Indian journal of veterinary science and animal husbandry - Volume 1,
Year: 1931
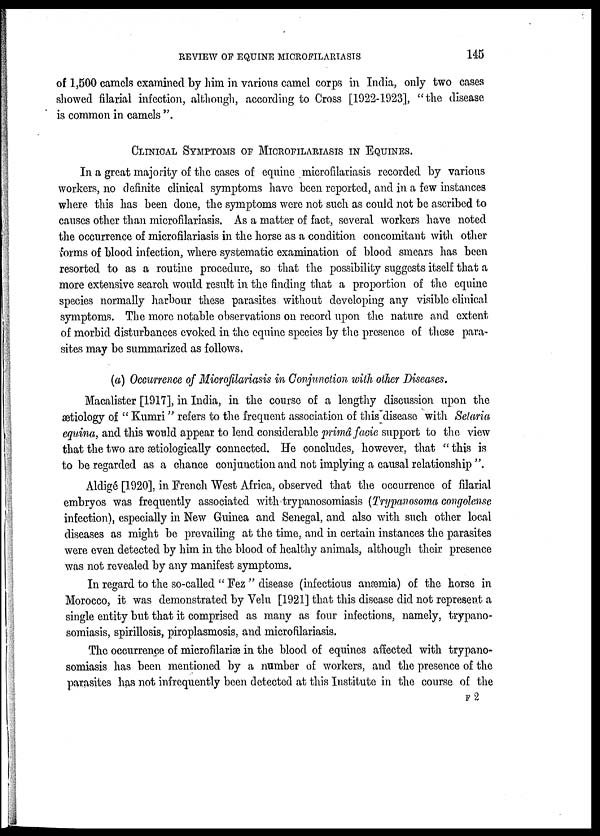
REVIEW OF EQUINE MICROFILARIASIS
145
of 1,500 camels examined by him in various camel corps in India, only two cases
showed filarial infection, although, according to Cross [1922-1923], "the disease
is common in camels ".
CLINICAL SYMPTOMS OF MICROFILARIASIS IN EQUINES.
In a great majority of the cases of equine microfilariasis recorded by various
workers, no definite clinical symptoms have been reported, and in a few instances
where this has been done, the symptoms were not such as could not be ascribed to
causes other than microfilariasis. As a matter of fact, several workers have noted
the occurrence of microfilariasis in the horse as a condition concomitant with other
forms of blood infection, where systematic examination of blood smears has been
resorted to as a routine procedure, so that the possibility suggests itself that a
more extensive search would result in the finding that a proportion of the equine
species normally harbour these parasites without developing any visible clinical
symptoms. The more notable observations on record upon the nature and extent
of morbid disturbances evoked in the equine species by the presence of these para-
sites may be summarized as follows.
(a) Occurrence of Microfilariasis in Conjunction with other Diseases.
Macalister [1917], in India, in the course of a lengthy discussion upon the
ætiology of " Kumri" refers to the frequent association of this disease with Selaria
equina, and this would appear to lend considerable primâ facie support to the view
that the two are ætiologically connected. He concludes, however, that "this is
to be regarded as a chance conjunction and not implying a causal relationship".
Aldigé [1920], in French West Africa, observed that the occurrence of filarial
embryos was frequently associated with trypanosomiasis (Trypanosoma congolense
infection), especially in New Guinea and Senegal, and also with such other local
diseases as might be prevailing at the time, and in certain instances the parasites
were even detected by him in the blood of healthy animals, although their presence
was not revealed by any manifest symptoms.
In regard to the so-called "Fez" disease (infectious anæmia) of the horse in
Morocco, it was demonstrated by Velu [1921] that this disease did not represent a
single entity but that it comprised as many as four infections, namely, trypano-
somiasis, spirillosis, piroplasmosis, and microfilariasis.
The occurrence of microfilariæ in the blood of equines affected with trypano-
somiasis has been mentioned by a number of workers, and the presence of the
parasites has not infrequently been detected at this Institute in the course of the
F 2